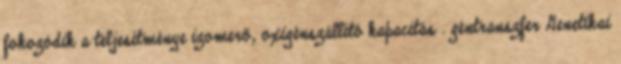
fokozódik a teljesítménye izomerő, oxigénszállító kapacitás . géntranszfer Genetikai